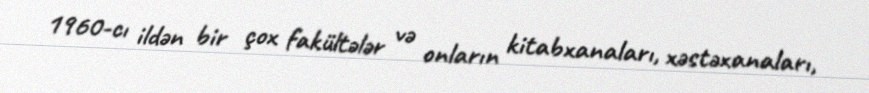
1960-cı ildən bir çox fakültələr və onların kitabxanaları, xəstəxanaları,